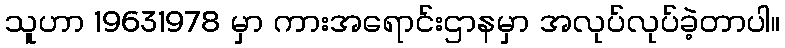
သူဟာ 19631978 မှာ ကားအရောင်းဌာနမှာ အလုပ်လုပ်ခဲ့တာပါ။